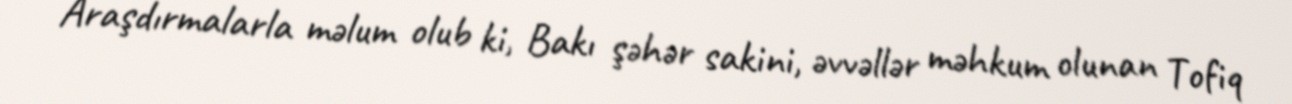
Araşdırmalarla məlum olub ki, Bakı şəhər sakini, əvvəllər məhkum olunan Tofiq